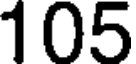
105